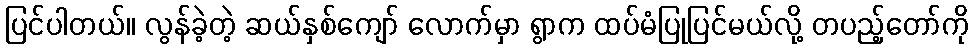
ပြင်ပါတယ်။ လွန်ခဲ့တဲ့ ဆယ်နှစ်ကျော် လောက်မှာ ရွာက ထပ်မံပြုပြင်မယ်လို့ တပည့်တော်ကို